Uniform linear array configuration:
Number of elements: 8
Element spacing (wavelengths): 1
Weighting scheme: uniform
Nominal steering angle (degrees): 0
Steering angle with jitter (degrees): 0.283
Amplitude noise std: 0.05
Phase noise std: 0.05

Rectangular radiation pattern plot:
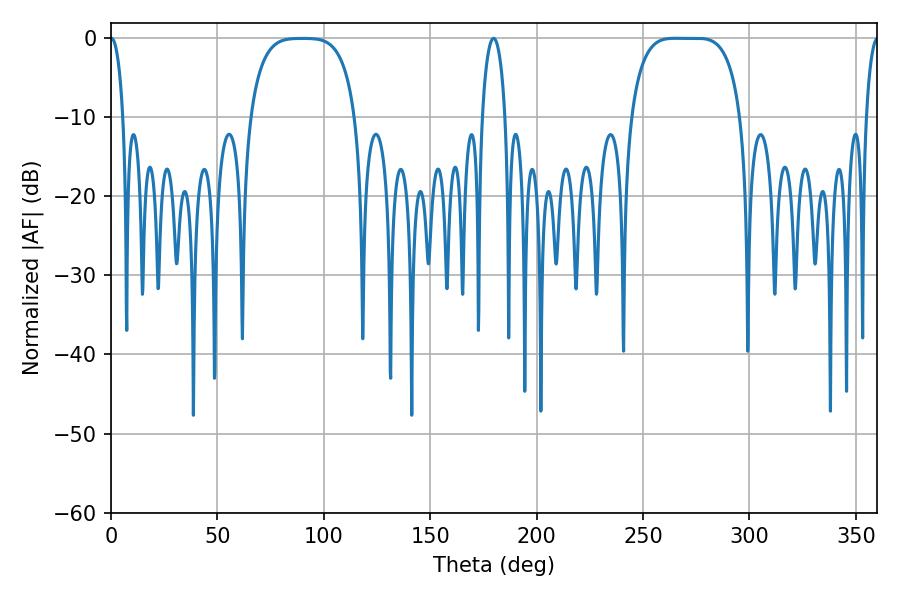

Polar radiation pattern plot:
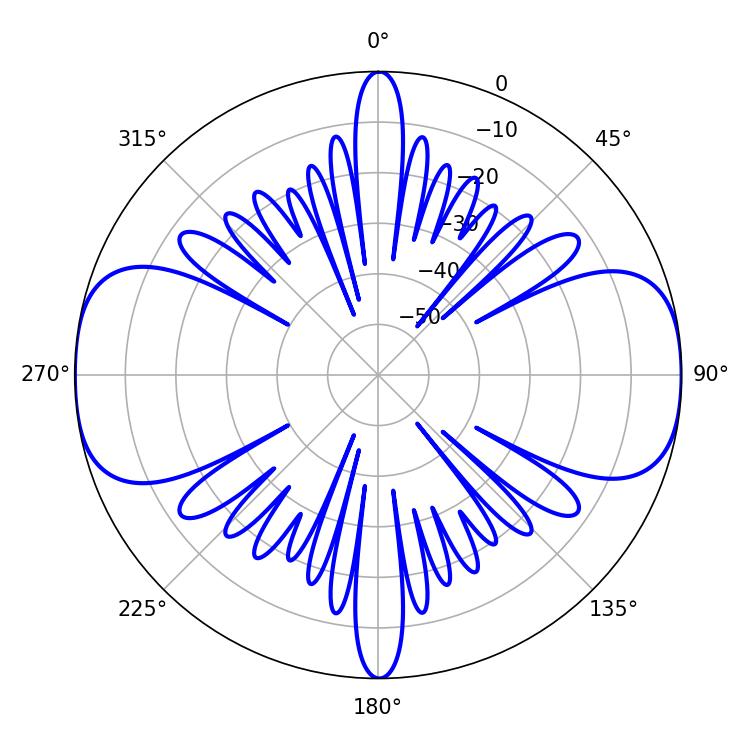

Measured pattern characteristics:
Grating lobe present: TRUE
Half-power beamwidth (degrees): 39.6
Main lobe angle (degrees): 264.96